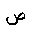
Letter: _sad